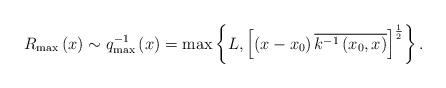
LaTeX: \begin{align*}R_{\max }\left( x\right) \sim q_{\max }^{-1}\left( x\right) =\max \left\{L,\left[ \left( x-x_0\right) \overline{k^{-1}\left( x_0,x\right) }\right]^{\frac 12}\right\} .\end{align*}